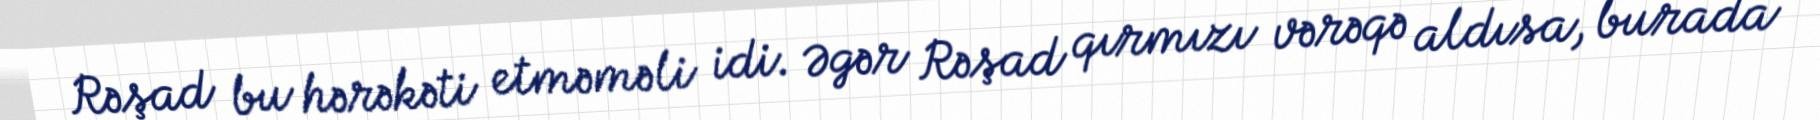
Rəşad bu hərəkəti etməməli idi. Əgər Rəşad qırmızı vərəqə aldısa, burada